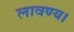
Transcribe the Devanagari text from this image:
लावण्य।